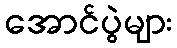
အောင်ပွဲများ